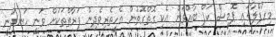
މިހަފްލާގައި ޕޮމިސް ކަޕް ބާއްވަން އެކި ގޮތްގޮތުން އެހީތެރިވެދިން ފަރާތްތަކަށް ވަނީ ހަނދަނީ